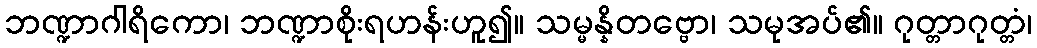
ဘဏ္ဍာဂါရိကော၊ ဘဏ္ဍာစိုးရဟန်းဟူ၍။ သမ္မန္နိတဗ္ဗော၊ သမုအပ်၏။ ဂုတ္တာဂုတ္တံ၊